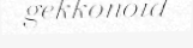
gekkonoid